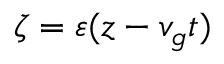
\zeta = \varepsilon ( z - v _ { g } t )